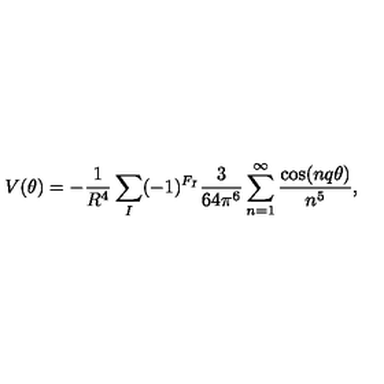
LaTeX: V ( \theta ) = - \frac { 1 } { R ^ { 4 } } \sum _ { I } ( - 1 ) ^ { F _ { I } } \frac { 3 } { 6 4 \pi ^ { 6 } } \sum _ { n = 1 } ^ { \infty } \frac { \cos ( n q \theta ) } { n ^ { 5 } } ,